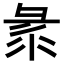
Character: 𢑛